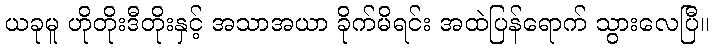
ယခုမူ ဟိုတိုးဒီတိုးနှင့် အသာအယာ ခိုက်မိရင်း အထဲပြန်ရောက် သွားလေပြီ။